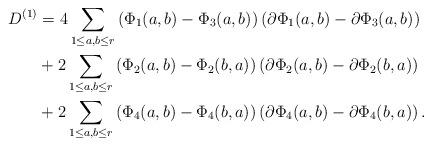
LaTeX: \begin{align*}D^{(1)}&=4\sum_{1\leq a,b\leq r}\left(\Phi_1(a,b)-\Phi_3(a,b)\right)\left(\partial\Phi_1(a,b)-\partial\Phi_3(a,b)\right)\\&+2\sum_{1\leq a,b\leq r}\left(\Phi_2(a,b)-\Phi_2(b,a)\right)\left(\partial\Phi_2(a,b)-\partial\Phi_2(b,a)\right)\\&+2\sum_{1\leq a,b\leq r}\left(\Phi_4(a,b)-\Phi_4(b,a)\right)\left(\partial\Phi_4(a,b)-\partial\Phi_4(b,a)\right).\end{align*}